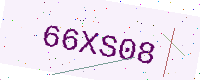
Text: 66XS08